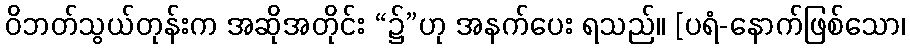
ဝိဘတ်သွယ်တုန်းက အဆိုအတိုင်း “၌”ဟု အနက်ပေး ရသည်။ [ပရံ-နောက်ဖြစ်သော၊